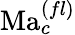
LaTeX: \mathrm{Ma}_{c}^{(fl)}